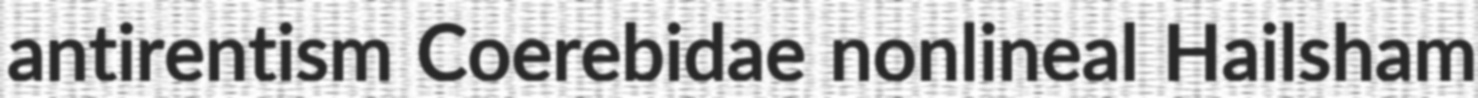
antirentism Coerebidae nonlineal Hailsham